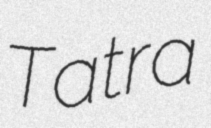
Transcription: Tatra